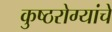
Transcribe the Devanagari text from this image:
कुष्ठरोग्यांचे